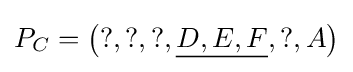
P_{C}=\left(?,?,?,{\underline {D,E,F}},?,A\right)